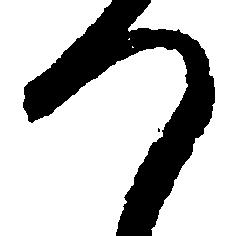
つ